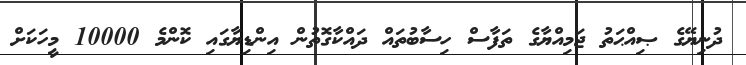
ދުނިޔޭގެ ޞިއްޙަތު ޖަމިއްޔާގެ ތަފާސް ހިސާބުތައް ދައްކާގޮތުން އިންޑިޔާގައި ކޮންމެ 10000 މީހަކަށް